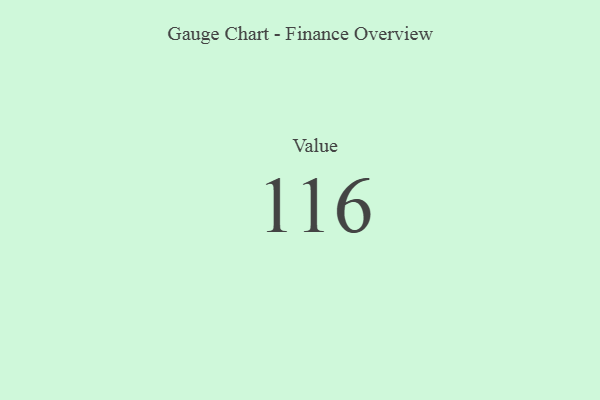
{"axis": {"x": "Metric", "y": "Value"}, "legend": [""], "data": [{"x": "Value", "y": 116, "type": ""}]}